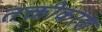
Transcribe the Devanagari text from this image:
तक्तीकरण